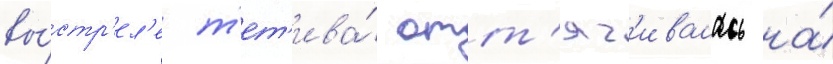
вы́стр'ел'е т'ет'ива́ отт'яг'ивалась на́